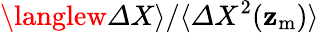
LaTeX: \langlew{\mit\Delta}X\rangle/\langle{\mit\Delta}X^{2}(\mathbf{z}_{\mathrm{{m}}})\rangle